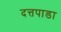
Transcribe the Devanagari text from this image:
दत्तपाडा